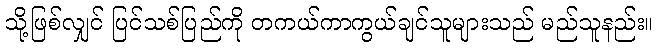
သို့ဖြစ်လျှင် ပြင်သစ်ပြည်ကို တကယ်ကာကွယ်ချင်သူများသည် မည်သူနည်း။